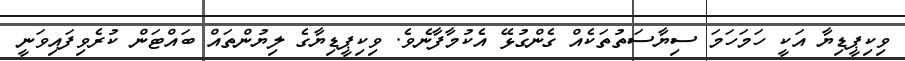
ވިކިޕީޑިޔާ އަކީ ހަމަހަމަ ސިޔާސަތުތަކެއް ގެންގުޅޭ އެކުމާފާނެވެ. ވިކިޕީޑިޔާގެ ލިޔުންތައް ބައްޓަން ކުރެވިފައިވަނީ